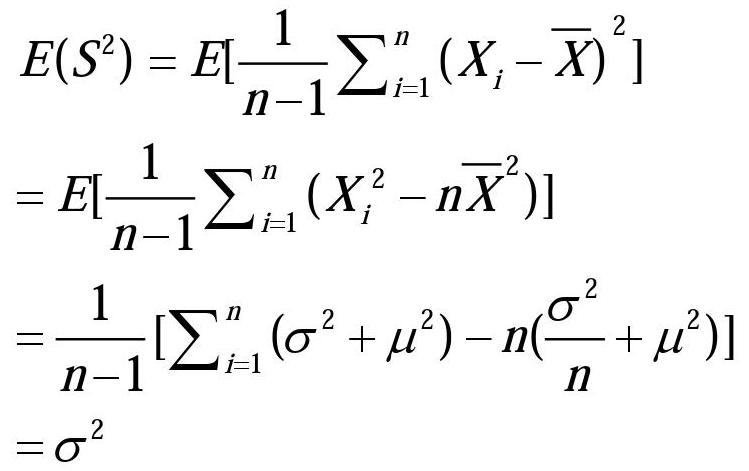
\[
\begin{align*}
E(S^{2})&=E[\frac{1}{n - 1}\sum_{i = 1}^{n}(X_{i}-\overline{X})^{2}]\\
&=E[\frac{1}{n - 1}\sum_{i = 1}^{n}(X_{i}^{2}-n\overline{X}^{2})]\\
&=\frac{1}{n - 1}[\sum_{i = 1}^{n}(\sigma^{2}+\mu^{2})-n(\frac{\sigma^{2}}{n}+\mu^{2})]\\
&=\sigma^{2}
\end{align*}
\]